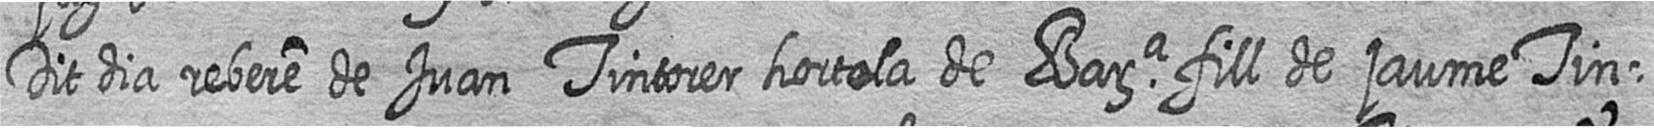
Dit dia rebere de Juan Tintorer hortola de Bara fill de jaume Tin=